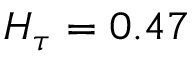
H _ { \tau } = 0 . 4 7